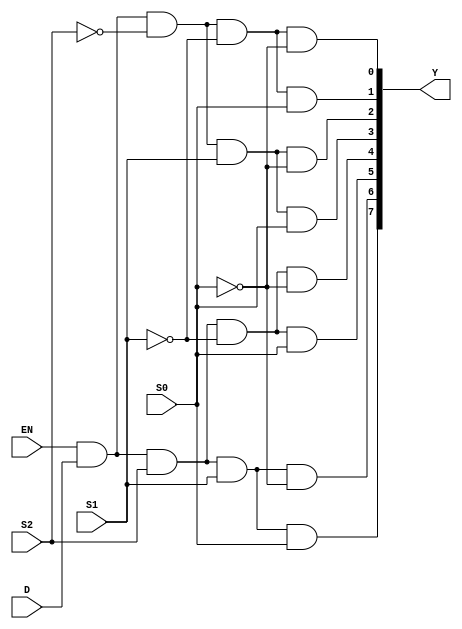
module demux1to8 (
    input D,
    input S0,
    input S1,
    input S2,
    input EN,
    output [7:0] Y
);
    assign Y[0] = EN & D & ~S2 & ~S1 & ~S0;
    assign Y[1] = EN & D & ~S2 & ~S1 & S0;
    assign Y[2] = EN & D & ~S2 & S1 & ~S0;
    assign Y[3] = EN & D & ~S2 & S1 & S0;
    assign Y[4] = EN & D & S2 & ~S1 & ~S0;
    assign Y[5] = EN & D & S2 & ~S1 & S0;
    assign Y[6] = EN & D & S2 & S1 & ~S0;
    assign Y[7] = EN & D & S2 & S1 & S0;
endmodule